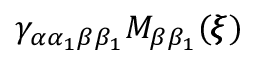
\gamma _ { \alpha \alpha _ { 1 } \beta \beta _ { 1 } } M _ { \beta \beta _ { 1 } } ( { \pmb \xi } )